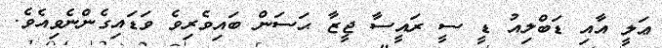
ޢަލީ އާއި ޑަބްލިއު ޑީ ސީ ރައީސާ ޖީޒާ ޙަސަން ބައިވެރިވެ ވަޑައިގެންނެވިއެވެ.